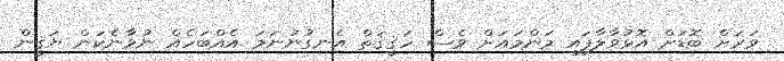
ވަރަށް ބޮޑަށް އޮޅުވާލާފައި މަންމައަށް ވެސް ހަޤީޤަތް އެނގުނުނަމަ އެއްބަހެއް ނުވާނެކަން ޔަޤީން